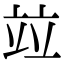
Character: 竝